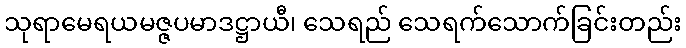
သုရာမေရယမဇ္ဇပမာဒဋ္ဌာယီ၊ သေရည် သေရက်သောက်ခြင်းတည်း